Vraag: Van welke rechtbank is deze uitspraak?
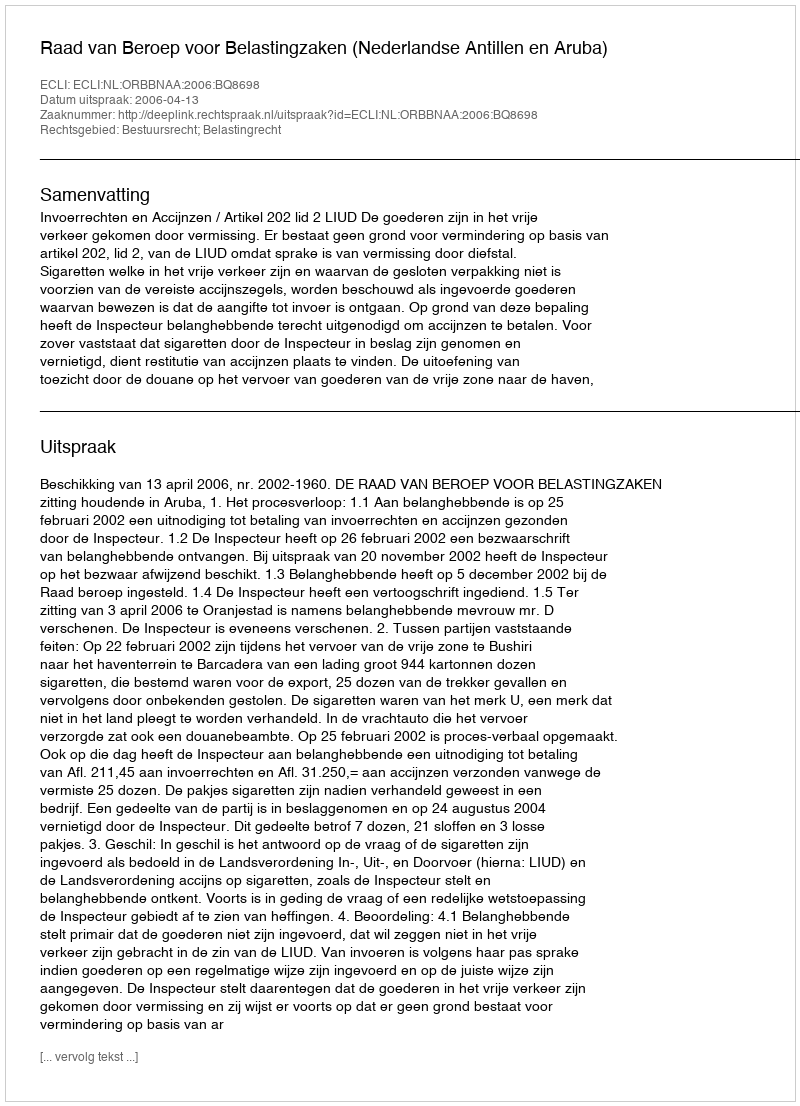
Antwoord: Raad van Beroep voor Belastingzaken (Nederlandse Antillen en Aruba)